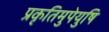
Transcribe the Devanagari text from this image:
प्रकृतिमुपेयुषि